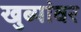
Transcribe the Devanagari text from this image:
खुब्यांवर